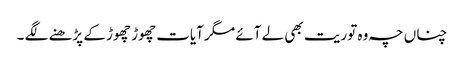
چناں چہ وہ توریت بھی لے آئے مگر آیات چھوڑ چھوڑ کے پڑھنے لگے ۔